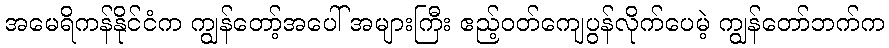
အမေရိကန်နိုင်ငံက ကျွန်တော့်အပေါ် အများကြီး ဧည့်ဝတ်ကျေပွန်လိုက်ပေမဲ့ ကျွန်တော်ဘက်က